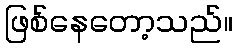
ဖြစ်နေတော့သည်။